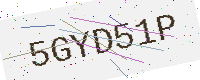
Text: 5GYD51P